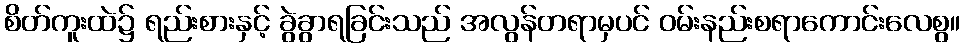
စိတ်ကူးထဲ၌ ရည်းစားနှင့် ခွဲခွာရခြင်းသည် အလွန်တရာမှပင် ဝမ်းနည်းစရာကောင်းလေစွ။